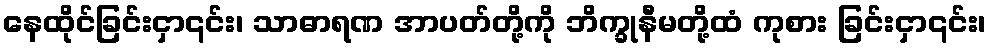
နေထိုင်ခြင်းငှာ၎င်း၊ သာဓာရဏ အာပတ်တို့ကို ဘိက္ခုနီမတို့ထံ ကုစား ခြင်းငှာ၎င်း၊